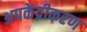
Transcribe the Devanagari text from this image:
अपकेंद्रीकरण